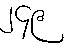
၂၄၉